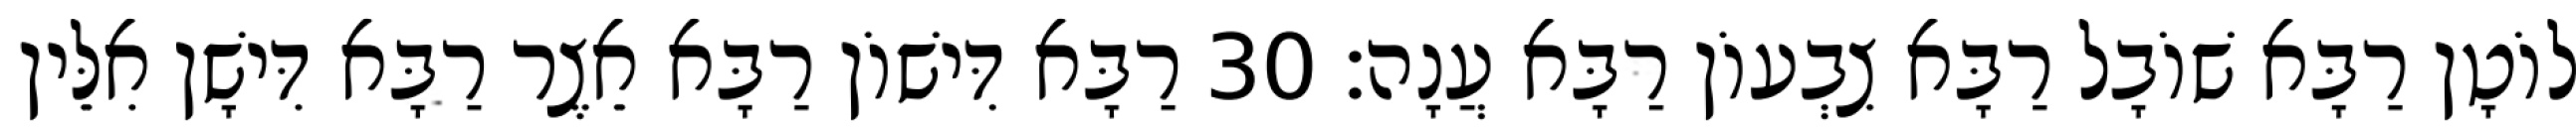
לוֹטָן רַבָּא שׁוֹבָל רַבָּא צִבְעוֹן רַבָּא עֲנָה׃ 30 רַבָּא דִּישׁוֹן רַבָּא אֵצֶר רַבָּא דִּישָׁן אִלֵּין